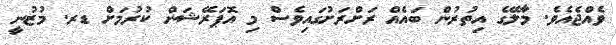
ވެއްޖެއެވެ. މާލޭގެ އިތުރުން ބައެއް ރަށްރަށުގައިވެސް މި އޮޕަރޭޝަން ކުރުމަށް ޑރ. މުޒުނީ